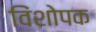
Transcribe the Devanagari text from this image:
विंशोपक